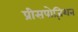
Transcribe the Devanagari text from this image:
प्रीसपोज़िशन